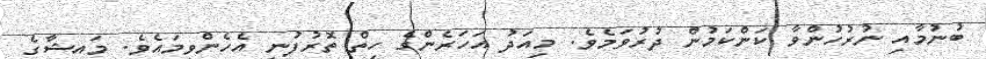
ބުނުމާއި ނުރުހުންވާ ކަންކަމުން ދުރުވަމެވެ. މިއަދު އަހަރެންގެ ހިތް ތޮރުފުނީ އެހެންވީމައެވެ. މައީޝާގެ